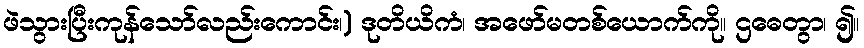
ဖဲသွားပြီးကုန်သော်လည်းကောင်း၊) ဒုတိယိကံ၊ အဖော်မတစ်ယောက်ကို။ ဌဓေတွာ၊ ၍။